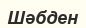
Шәбден